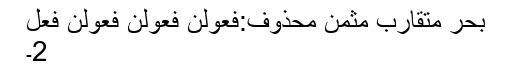
بحرِ متقارب مثمن محذوف:فعولن فعولن فعولن فعل
2۔